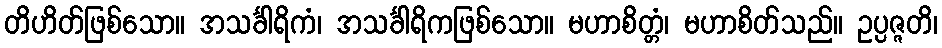
တိဟိတ်ဖြစ်သော။ အသင်္ခါရိကံ၊ အသင်္ခါရိကဖြစ်သော။ မဟာစိတ္တံ၊ မဟာစိတ်သည်။ ဥပ္ပဇ္ဇတိ၊